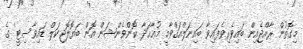
މިގޮތުން ރާއްޖެއިން ބައިވެރިވެފައިވާ ބައިނަލްއަޤްވާމީ މުޢާހަދާ 'ކޮންވެންޝަން އޮން ބަޔޮލޮޖިކަލް ޑައިވާސިޓީ' ގެ